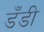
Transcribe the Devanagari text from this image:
डँडी